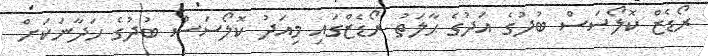
ރޯޑެޒް ކޮލޯސަސް ބުދުގެ އަދުގެ ޙާލަތު ރޯޑެޒްގައި މިއަދު ކޮލޯސަސް ބުދުގެ ހަދާނަކަށް